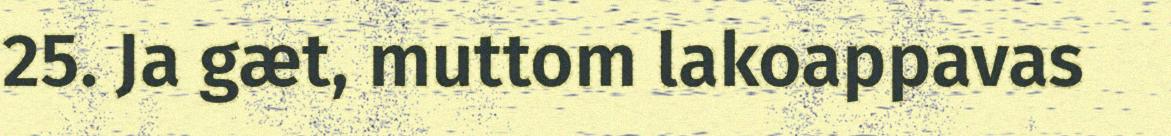
25. Ja gæt, muttom lakoappavas